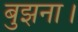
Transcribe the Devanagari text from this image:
बुझना।